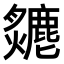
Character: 𤒣